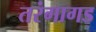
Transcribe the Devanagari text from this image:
तरंगागड